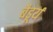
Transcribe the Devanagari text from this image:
बैडूर्य